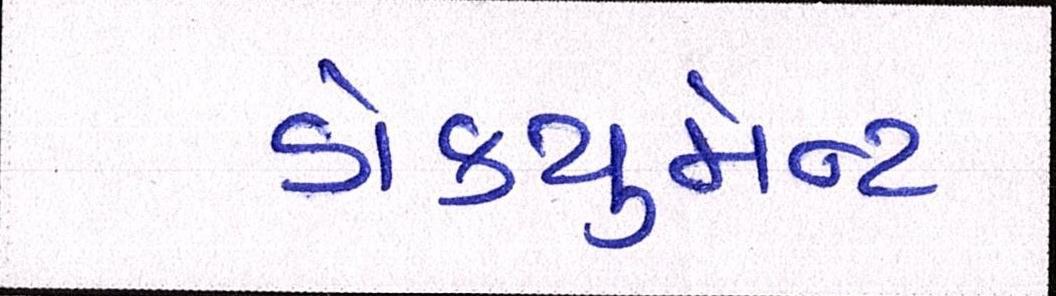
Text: ડોક્યુમેન્ટ